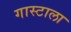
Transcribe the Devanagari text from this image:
गास्टाला